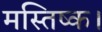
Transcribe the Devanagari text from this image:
मस्तिष्क।